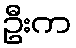
ဦးက